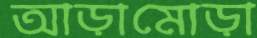
আড়ামোড়া